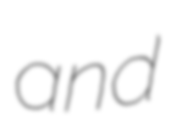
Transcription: and